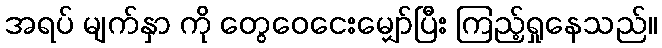
အရပ် မျက်နှာ ကို တွေဝေငေးမျှော်ပြီး ကြည့်ရှုနေသည်။